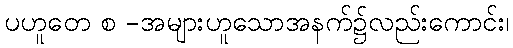
ပဟူတေ စ -အများဟူသောအနက်၌လည်းကောင်း၊